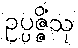
ဥပ္ပဇ္ဇိံသု